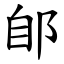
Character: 郋